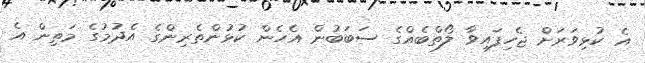
އެ ކުޅިވަރަށް ޖެހިފައިވާ ލޯތްބެއްގެ ސަބަބުން އެހެން ކުޅުންތެރިންގެ އެދުމުގެ މަތިން އެ